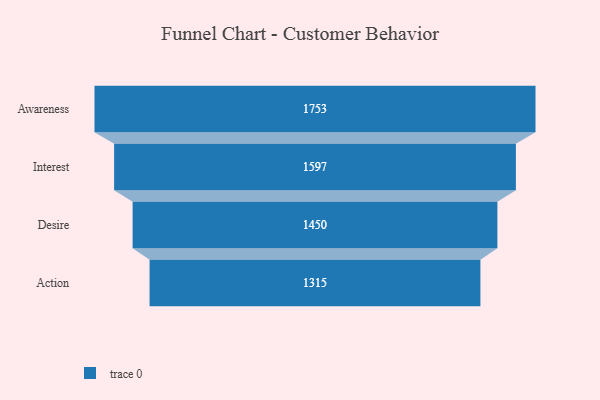
{"axis": {"x": "Stage", "y": "Value"}, "legend": [""], "data": [{"x": "Awareness", "y": 1753.0, "type": ""}, {"x": "Interest", "y": 1597.0, "type": ""}, {"x": "Desire", "y": 1450.0, "type": ""}, {"x": "Action", "y": 1315.0, "type": ""}]}